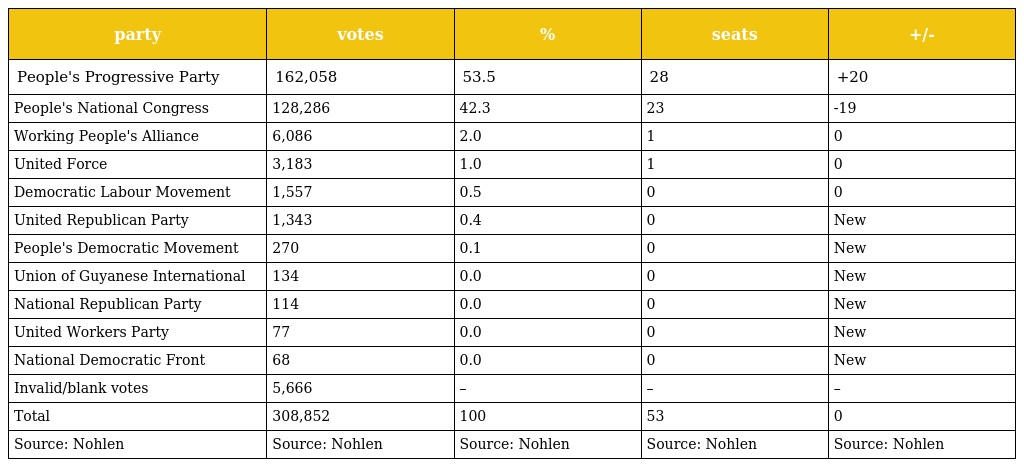
| party | votes | % | seats | +/- |
 | --- | --- | --- | --- | --- |
 | People's Progressive Party | 162,058 | 53.5 | 28 | +20 |
 | People's National Congress | 128,286 | 42.3 | 23 | -19 |
 | Working People's Alliance | 6,086 | 2.0 | 1 | 0 |
 | United Force | 3,183 | 1.0 | 1 | 0 |
 | Democratic Labour Movement | 1,557 | 0.5 | 0 | 0 |
 | United Republican Party | 1,343 | 0.4 | 0 | New |
 | People's Democratic Movement | 270 | 0.1 | 0 | New |
 | Union of Guyanese International | 134 | 0.0 | 0 | New |
 | National Republican Party | 114 | 0.0 | 0 | New |
 | United Workers Party | 77 | 0.0 | 0 | New |
 | National Democratic Front | 68 | 0.0 | 0 | New |
 | Invalid/blank votes | 5,666 | – | – | – |
 | Total | 308,852 | 100 | 53 | 0 |
 | Source: Nohlen | Source: Nohlen | Source: Nohlen | Source: Nohlen | Source: Nohlen |